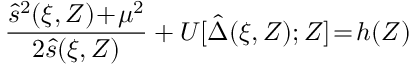
\frac { \hat { s } ^ { 2 } ( \xi , Z ) \! + \! \mu ^ { 2 } } { 2 \hat { s } ( \xi , Z ) } + { \cal U } [ \hat { \Delta } ( \xi , Z ) ; Z ] \! = \! h ( Z )